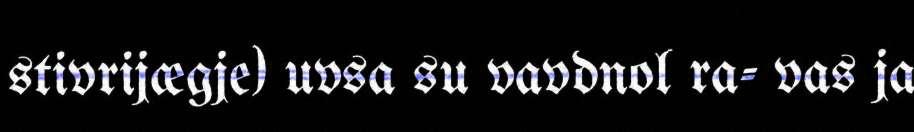
stivrijægje) uvsa su vavdnol ra- vas ja